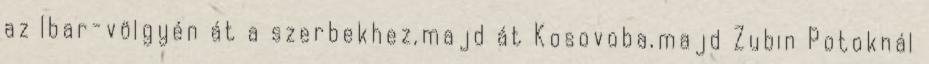
az Ibar-völgyén át a szerbekhez,majd át Kosovoba,majd Zubin Potoknál